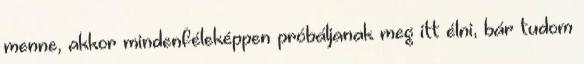
menne, akkor mindenféleképpen próbáljanak meg itt élni, bár tudom